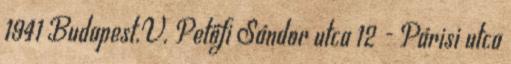
1941 Budapest.V. Petőfi Sándor utca 12 - Párisi utca